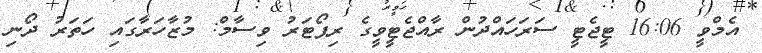
އެމްވީ 16:06 ޓީޖެޓީ ސަރަހައްދުން ރާއްޖެޓީވީގެ ރިޕޯޓަރު ވިސާމް: މުޒާހަރާގައި ހަތަރު ދޯނި